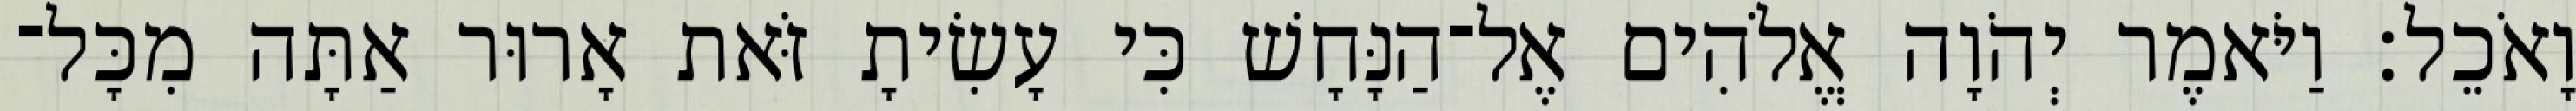
וָאֹכֵל׃ וַיֹּאמֶר יְהֹוָה אֱלֹהִים אֶל־הַנָּחָשׁ כִּי עָשִׂיתָ זֹּאת אָרוּר אַתָּה מִכָּל־